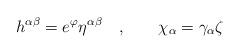
LaTeX: \begin{align*}h^{\alpha\beta } =e^{\varphi } \eta^{\alpha\beta }\quad ,\qquad\chi_\alpha =\gamma_\alpha \zeta\end{align*}